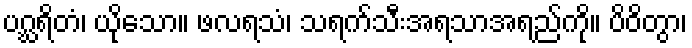
ပဂ္ဃရိတံ၊ ယိုသော။ ဖလရသံ၊ သရက်သီးအရသာအရည်ကို။ ပိဝိတွာ၊